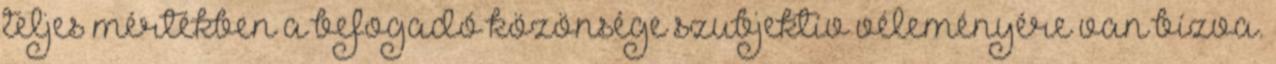
teljes mértékben a befogadó közönsége szubjektív véleményére van bízva.